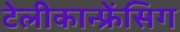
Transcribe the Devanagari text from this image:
टेलीकान्फ्रेंसिग